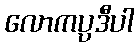
လောကပ္ပဒီပါ